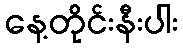
နေ့တိုင်းနီးပါး